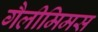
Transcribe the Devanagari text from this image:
गैलीमिमस